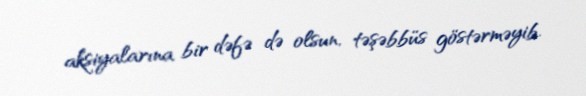
aksiyalarına bir dəfə də olsun, təşəbbüs göstərməyib.